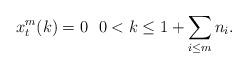
LaTeX: \begin{align*}x_t^m(k)=0 \ \ 0<k\le 1+\sum\limits_{i\le m} n_i.\end{align*}